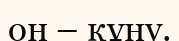
он – құну.